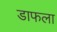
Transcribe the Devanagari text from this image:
डाफला